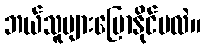
ဘယ်သူများပြောနိုင်မလဲ။